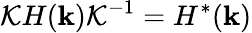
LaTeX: {\cal K}H({\mathbf k}){\cal K}^{-1}=H^{*}({\mathbf k})